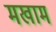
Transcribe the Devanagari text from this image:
मखाम